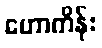
ဟောကိန်း